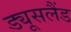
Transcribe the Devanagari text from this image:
ड्यूसलैंड